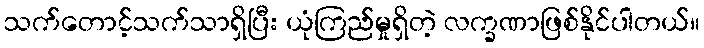
သက်တောင့်သက်သာရှိပြီး ယုံကြည်မှုရှိတဲ့ လက္ခဏာဖြစ်နိုင်ပါတယ်။